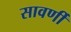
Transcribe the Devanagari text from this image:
सावर्णी